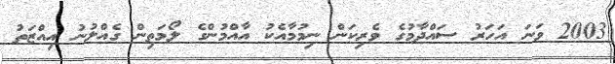
2003 ވަނަ އަހަރު ސައްދާމުގެ ވެރިކަން ނިމުމާއެކު އާއްމުންގެ ލޯމަތިން ގެއްލުނު އިއްޒަތު